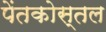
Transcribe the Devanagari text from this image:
पेंतकोस्तल